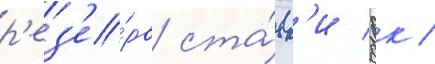
р'ез'е́рв ста́вк'и вгк /